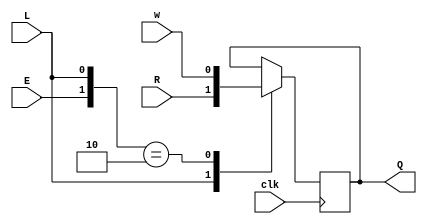
module top_module (
    input clk,
    input w, R, E, L,
    output Q
);
    always @(posedge clk)
        begin
            casez({E,L})
                2'bz1:Q<=R;
                2'b10:Q<=w;
            endcase
        end

endmodule